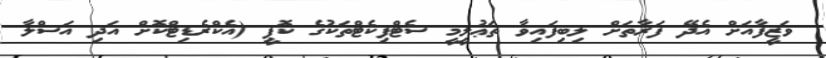
ވަޒީފާއަށް އެދޭ ފަރާތަށް ލިބިފައިވާ ތަޢުލީމީ ސެޓްފިކެޓްތަކުގެ ކޮޕީ (އެކްރެޑިޓްކޮށް އަދި އަސްލާ